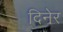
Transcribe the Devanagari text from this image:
दिनेर